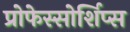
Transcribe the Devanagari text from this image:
प्रोफेस्सोर्शिप्स